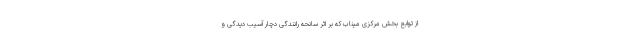
از توابع بخش مرکزی میناب که بر اثر سانحه رانندگی دچار آسیب دیدگی و